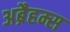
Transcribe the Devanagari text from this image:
अब्रैहम्स